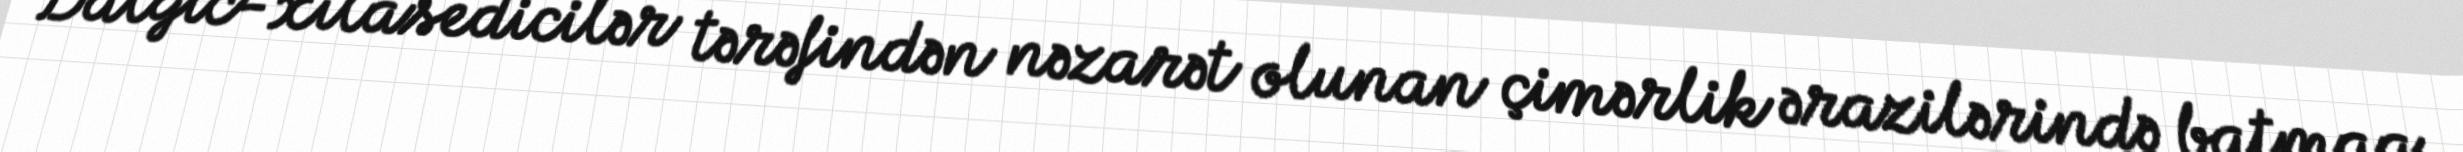
Dalğıc-xilasedicilər tərəfindən nəzarət olunan çimərlik ərazilərində batmaq